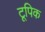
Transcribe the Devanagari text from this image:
टूपिक